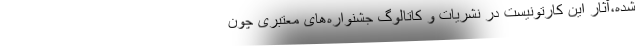
شده،آثار این کارتونیست در نشریات و کاتالوگ جشنواره‌های معتبری چون